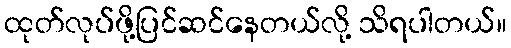
ထုတ်လုပ်ဖို့ပြင်ဆင်နေတယ်လို့ သိရပါတယ်။